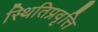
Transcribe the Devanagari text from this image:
स्थितिप्रवृत्ति